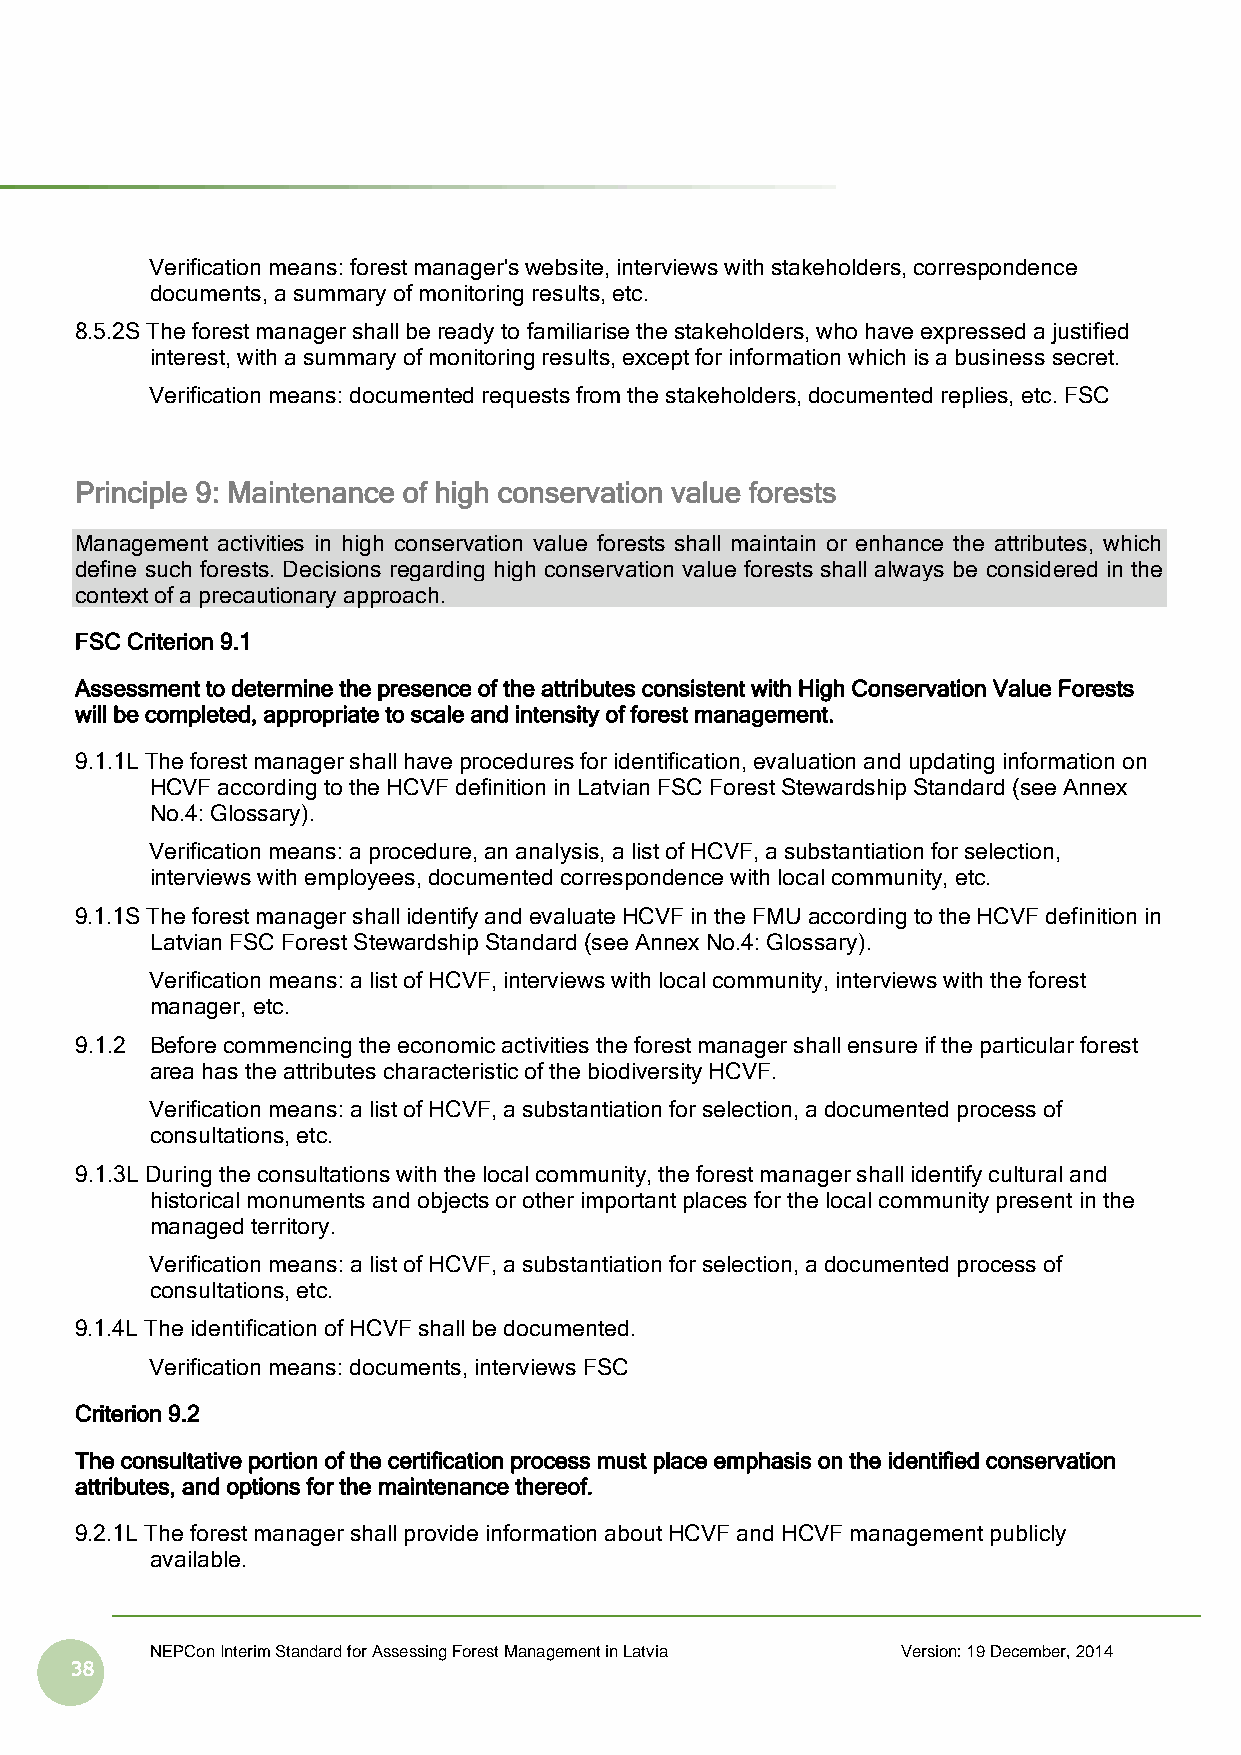
Verification means: forest manager's website, interviews with stakeholders, correspondence
 documents, a summary of monitoring results, etc.
 8.5.2S The forest manager shall be ready to familiarise the stakeholders, who have expressed a justified
 interest, with a summary of monitoring results, except for information which is a business secret.
 Verification means: documented requests from the stakeholders, documented replies, etc. FSC
 Principle 9: Maintenance of high conservation value forests
 Management activities in high conservation value forests shall maintain or enhance the attributes, which
 define such forests. Decisions regarding high conservation value forests shall always be considered in the
 context of a precautionary approach.
 FSC Criterion 9.1
 Assessment to determine the presence of the attributes consistent with High Conservation Value Forests
 will be completed, appropriate to scale and intensity of forest management.
 9.1.1L The forest manager shall have procedures for identification, evaluation and updating information on
 HCVF according to the HCVF definition in Latvian FSC Forest Stewardship Standard (see Annex
 No.4: Glossary).
 Verification means: a procedure, an analysis, a list of HCVF, a substantiation for selection,
 interviews with employees, documented correspondence with local community, etc.
 9.1.1S The forest manager shall identify and evaluate HCVF in the FMU according to the HCVF definition in
 Latvian FSC Forest Stewardship Standard (see Annex No.4: Glossary).
 Verification means: a list of HCVF, interviews with local community, interviews with the forest
 manager, etc.
 9.1.2 Before commencing the economic activities the forest manager shall ensure if the particular forest
 area has the attributes characteristic of the biodiversity HCVF.
 Verification means: a list of HCVF, a substantiation for selection, a documented process of
 consultations, etc.
 9.1.3L During the consultations with the local community, the forest manager shall identify cultural and
 historical monuments and objects or other important places for the local community present in the
 managed territory.
 Verification means: a list of HCVF, a substantiation for selection, a documented process of
 consultations, etc.
 9.1.4L The identification of HCVF shall be documented.
 Verification means: documents, interviews FSC
 Criterion 9.2
 The consultative portion of the certification process must place emphasis on the identified conservation
 attributes, and options for the maintenance thereof.
 9.2.1L The forest manager shall provide information about HCVF and HCVF management publicly
 available.
 NEPCon Interim Standard for Assessing Forest Management in Latvia Version: 19 December, 2014
 38